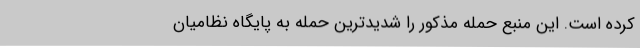
کرده است. این منبع حمله مذکور را شدیدترین حمله به پایگاه نظامیان